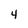
Character: 4